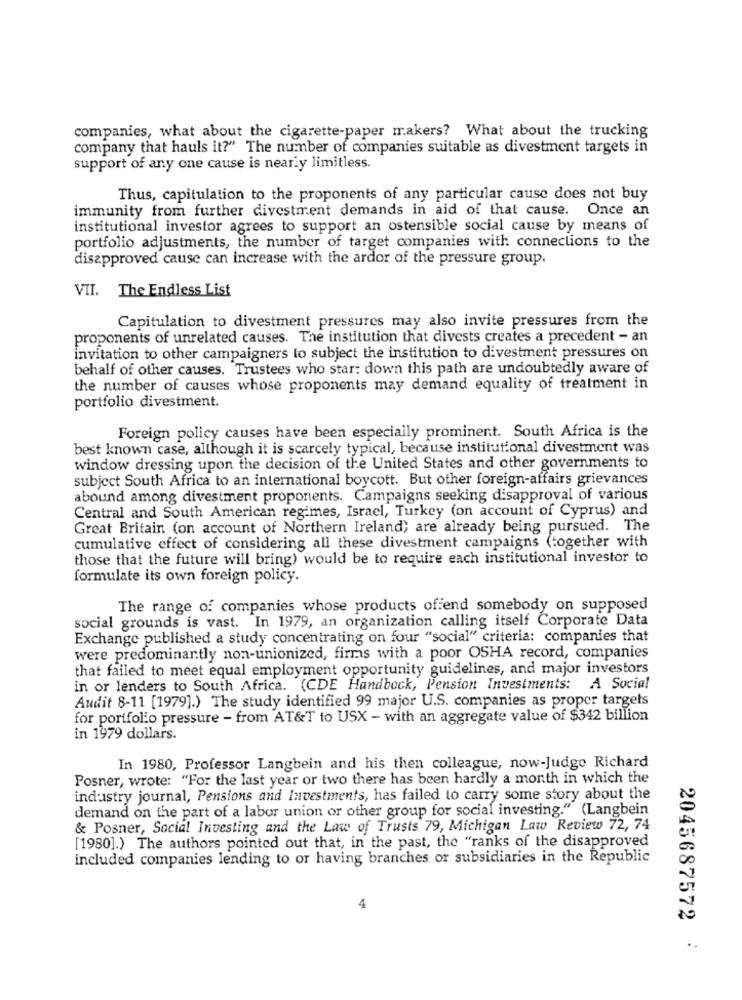
companies, what about the cigarette-paper makers? What about the trucking
company that hauls it?" The number of companies suitable as divestment targets in
support of any one cause is nearly limitless.
Thus, capitulation to the proponents of any particular cause does not buy
immunity from further divestment demands in aid of that cause. Once an
institutional investor agrees to support an ostensible social cause by means of
portfolio adjustments, the number of target companies with connections to the
disapproved cause can increase with the ardor of the pressure group.
VII. The Endless List
Capitulation to divestment pressures may also invite pressures from the
proponents of unrelated causes. The institution that divests creates a precedent - an
invitation to other campaigners to subject the institution to divestment pressures on
behalf of other causes. Trustees who start down this path are undoubtedly aware of
the number of causes whose proponents may demand equality of treatment in
portfolio divestment.
Foreign policy causes have been especially prominent. South Africa is the
best known case, although it is scarcely typical, because institutional divestment was
window dressing upon the decision of the United States and other governments to
subject South Africa to an international boycott. But other foreign-affairs grievances
abound among divestment proponents. Campaigns seeking disapproval of various
Central and South American regimes, Israel, Turkey (on account of Cyprus) and
Great Britain (on account of Northern Ireland; are already being pursued. The
cumulative effect of considering all these divestment campaigns (together with
those that the future will bring) would be to require each institutional investor to
formulate its own foreign policy.
The range of companies whose products of end somebody on supposed
social grounds is vast. In 1979, an organization calling itself Corporate Data
Exchange published a study concentrating on four "social" criteria: companies that
were predominantly non-unionized, firms with a poor OSHA record, companies
that failed to meet equal employment opportunity guidelines, and major investors
in or lenders to South Africa. (CDE Handbock, Pension Investments: A Social
Audit 8-11 [1979].) The study identified 99 major U.S. companies as proper targets
for portfolio pressure - from AT&T to USX - with an aggregate value of $342 billion
in 1979 dollars.
In 1980, Professor Langbein and his then colleague, now-Judge Richard
Posner, wrote: "For the last year or two there has been hardly a month in which the
industry journal, Pensions and Investments, has failed to carry some story about the
demand on the part of a labor union or other group for social investing." (Langbein
& Posner, Social Investing and the Law of Trusts 79, Michigan Law Review 72, 74
[1980].) The authors pointed out that, in the past, the "ranks of the disapproved
included companies lending to or having branches or subsidiaries in the Republic
2045687572 :